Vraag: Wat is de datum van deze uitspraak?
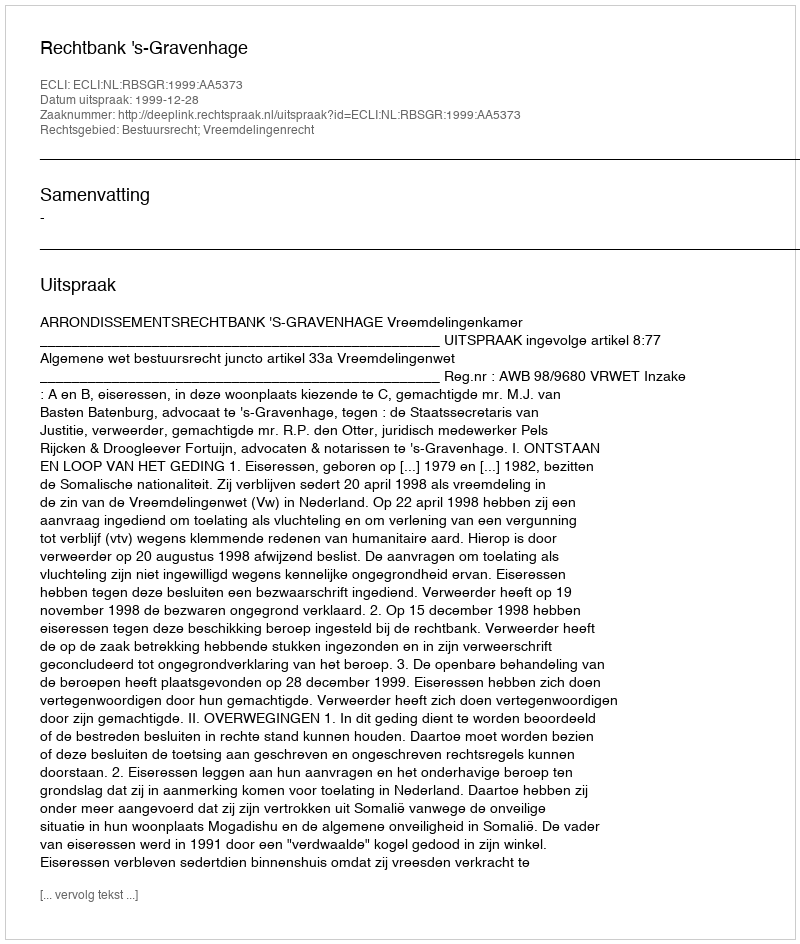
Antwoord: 1999-12-28